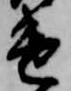
遣